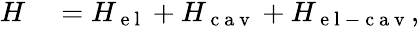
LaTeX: \begin{array}{rl}{H}&{{}=H_{\mathrm{~e~l~}}+H_{\mathrm{~c~a~v~}}+H_{\mathrm{~e~l~-~c~a~v~}},}\end{array}